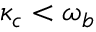
\kappa _ { c } < \omega _ { b }